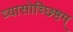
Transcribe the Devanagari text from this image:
व्यासोच्छिष्टम्